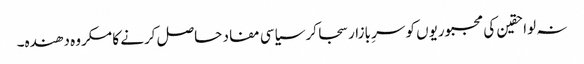
نہ لواحقین کی مجبوریوں کو سرِ بازار سجا کر سیاسی مفاد حاصل کرنے کا مکروہ دھندہ۔